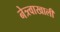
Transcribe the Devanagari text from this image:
नेत्र्त्वाखाली